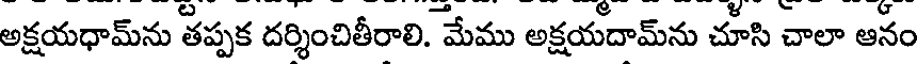
అక్షయధామ్ను తప్పక దర్శించితీరాలి. మేము అక్షయదామ్ను చూసి చాలా ఆనం